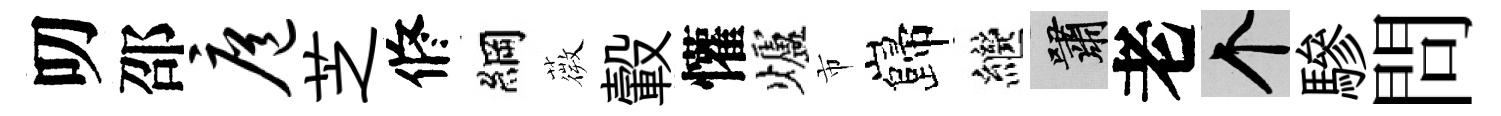
叨邵扈芝修綱薇轂懽爐市巋繼嘯老个驂問